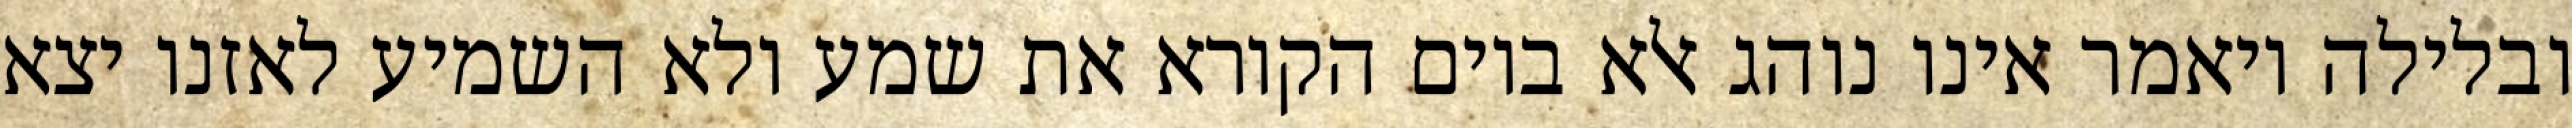
ובלילה ויאמר אינו נוהג אלא ביום הקורא את שמע ולא השמיע לאזנו יצא